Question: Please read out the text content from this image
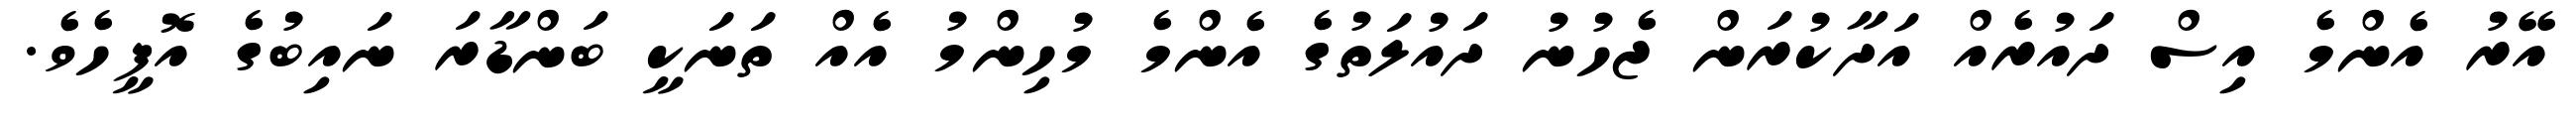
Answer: އޭރު އެންމެ އިސް ދައުރެއް އަދާކުރަން ޖެހުނު ދައުލަތުގެ އެންމެ މުހިންމު އެއް ތަނަކީ ބަންޑާރަ ނައިބުގެ އޮފީހެވެ.